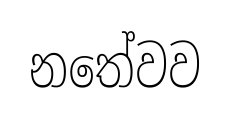
නතේවව